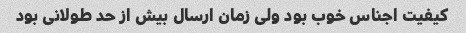
کیفیت اجناس خوب بود ولی زمان ارسال بیش از حد طولانی بود